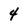
Character: 4